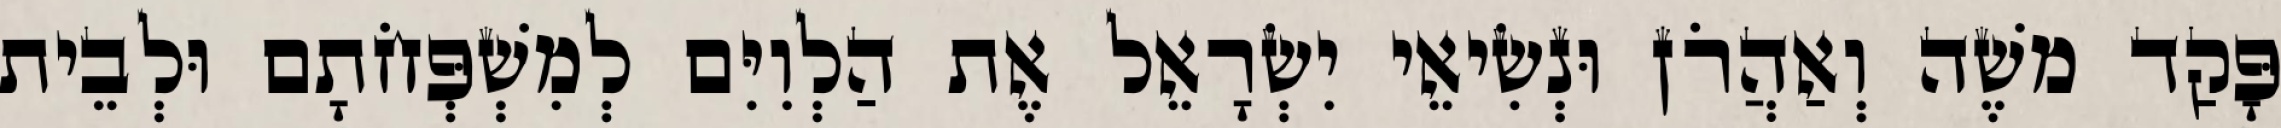
פָּקַד משֶׁה וְאַהֲרֹן וּנְשִׂיאֵי יִשְׂרָאֵל אֶת הַלְוִיִּם לְמִשְׁפְּחֹתָם וּלְבֵית